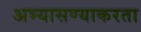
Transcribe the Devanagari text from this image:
अभ्यासण्याकरता